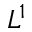
L ^ { 1 }